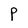
Character: P